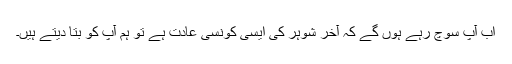
اب آپ سوچ رہے ہوں گے کہ آخر شوہر کی ایسی کونسی عادت ہے تو ہم آپ کو بتا دیتے ہیں۔